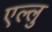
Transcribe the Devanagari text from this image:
एल्लु